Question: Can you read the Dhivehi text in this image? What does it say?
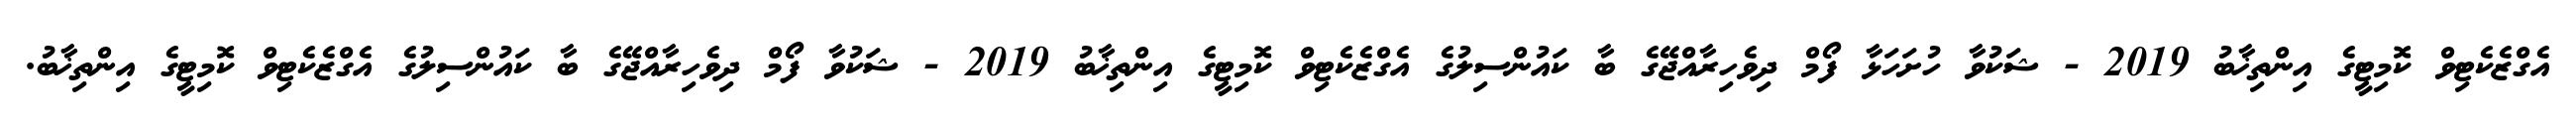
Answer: އެގްޒެކެޓިވް ކޮމިޓީގެ އިންތިޚާބު 2019 - ޝަކުވާ ހުށަހަޅާ ފޯމް ދިވެހިރާއްޖޭގެ ބާ ކައުންސިލުގެ އެގްޒެކެޓިވް ކޮމިޓީގެ އިންތިޚާބު 2019 - ޝަކުވާ ފޯމް ދިވެހިރާއްޖޭގެ ބާ ކައުންސިލުގެ އެގްޒެކެޓިވް ކޮމިޓީގެ އިންތިޚާބު.